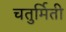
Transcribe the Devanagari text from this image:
चतुर्मिती